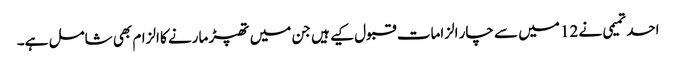
احد تمیمی نے 12 میں سے چار الزامات قبول کیے ہیں جن میں تھپڑ مارنے کا الزام بھی شامل ہے۔